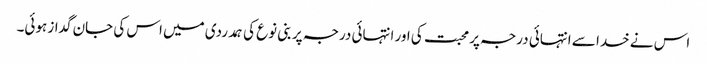
اس نے خدا سے انتہائی درجہ پر محبت کی اور انتہائی درجہ پر بنی نوع کی ہمدردی میں اس کی جان گداز ہوئی۔